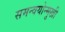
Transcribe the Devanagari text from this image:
समन्वयोन्मुखी